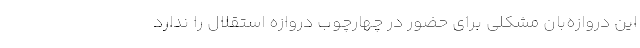
این دروازه‌بان مشکلی برای حضور در چهارچوب دروازه استقلال را ندارد